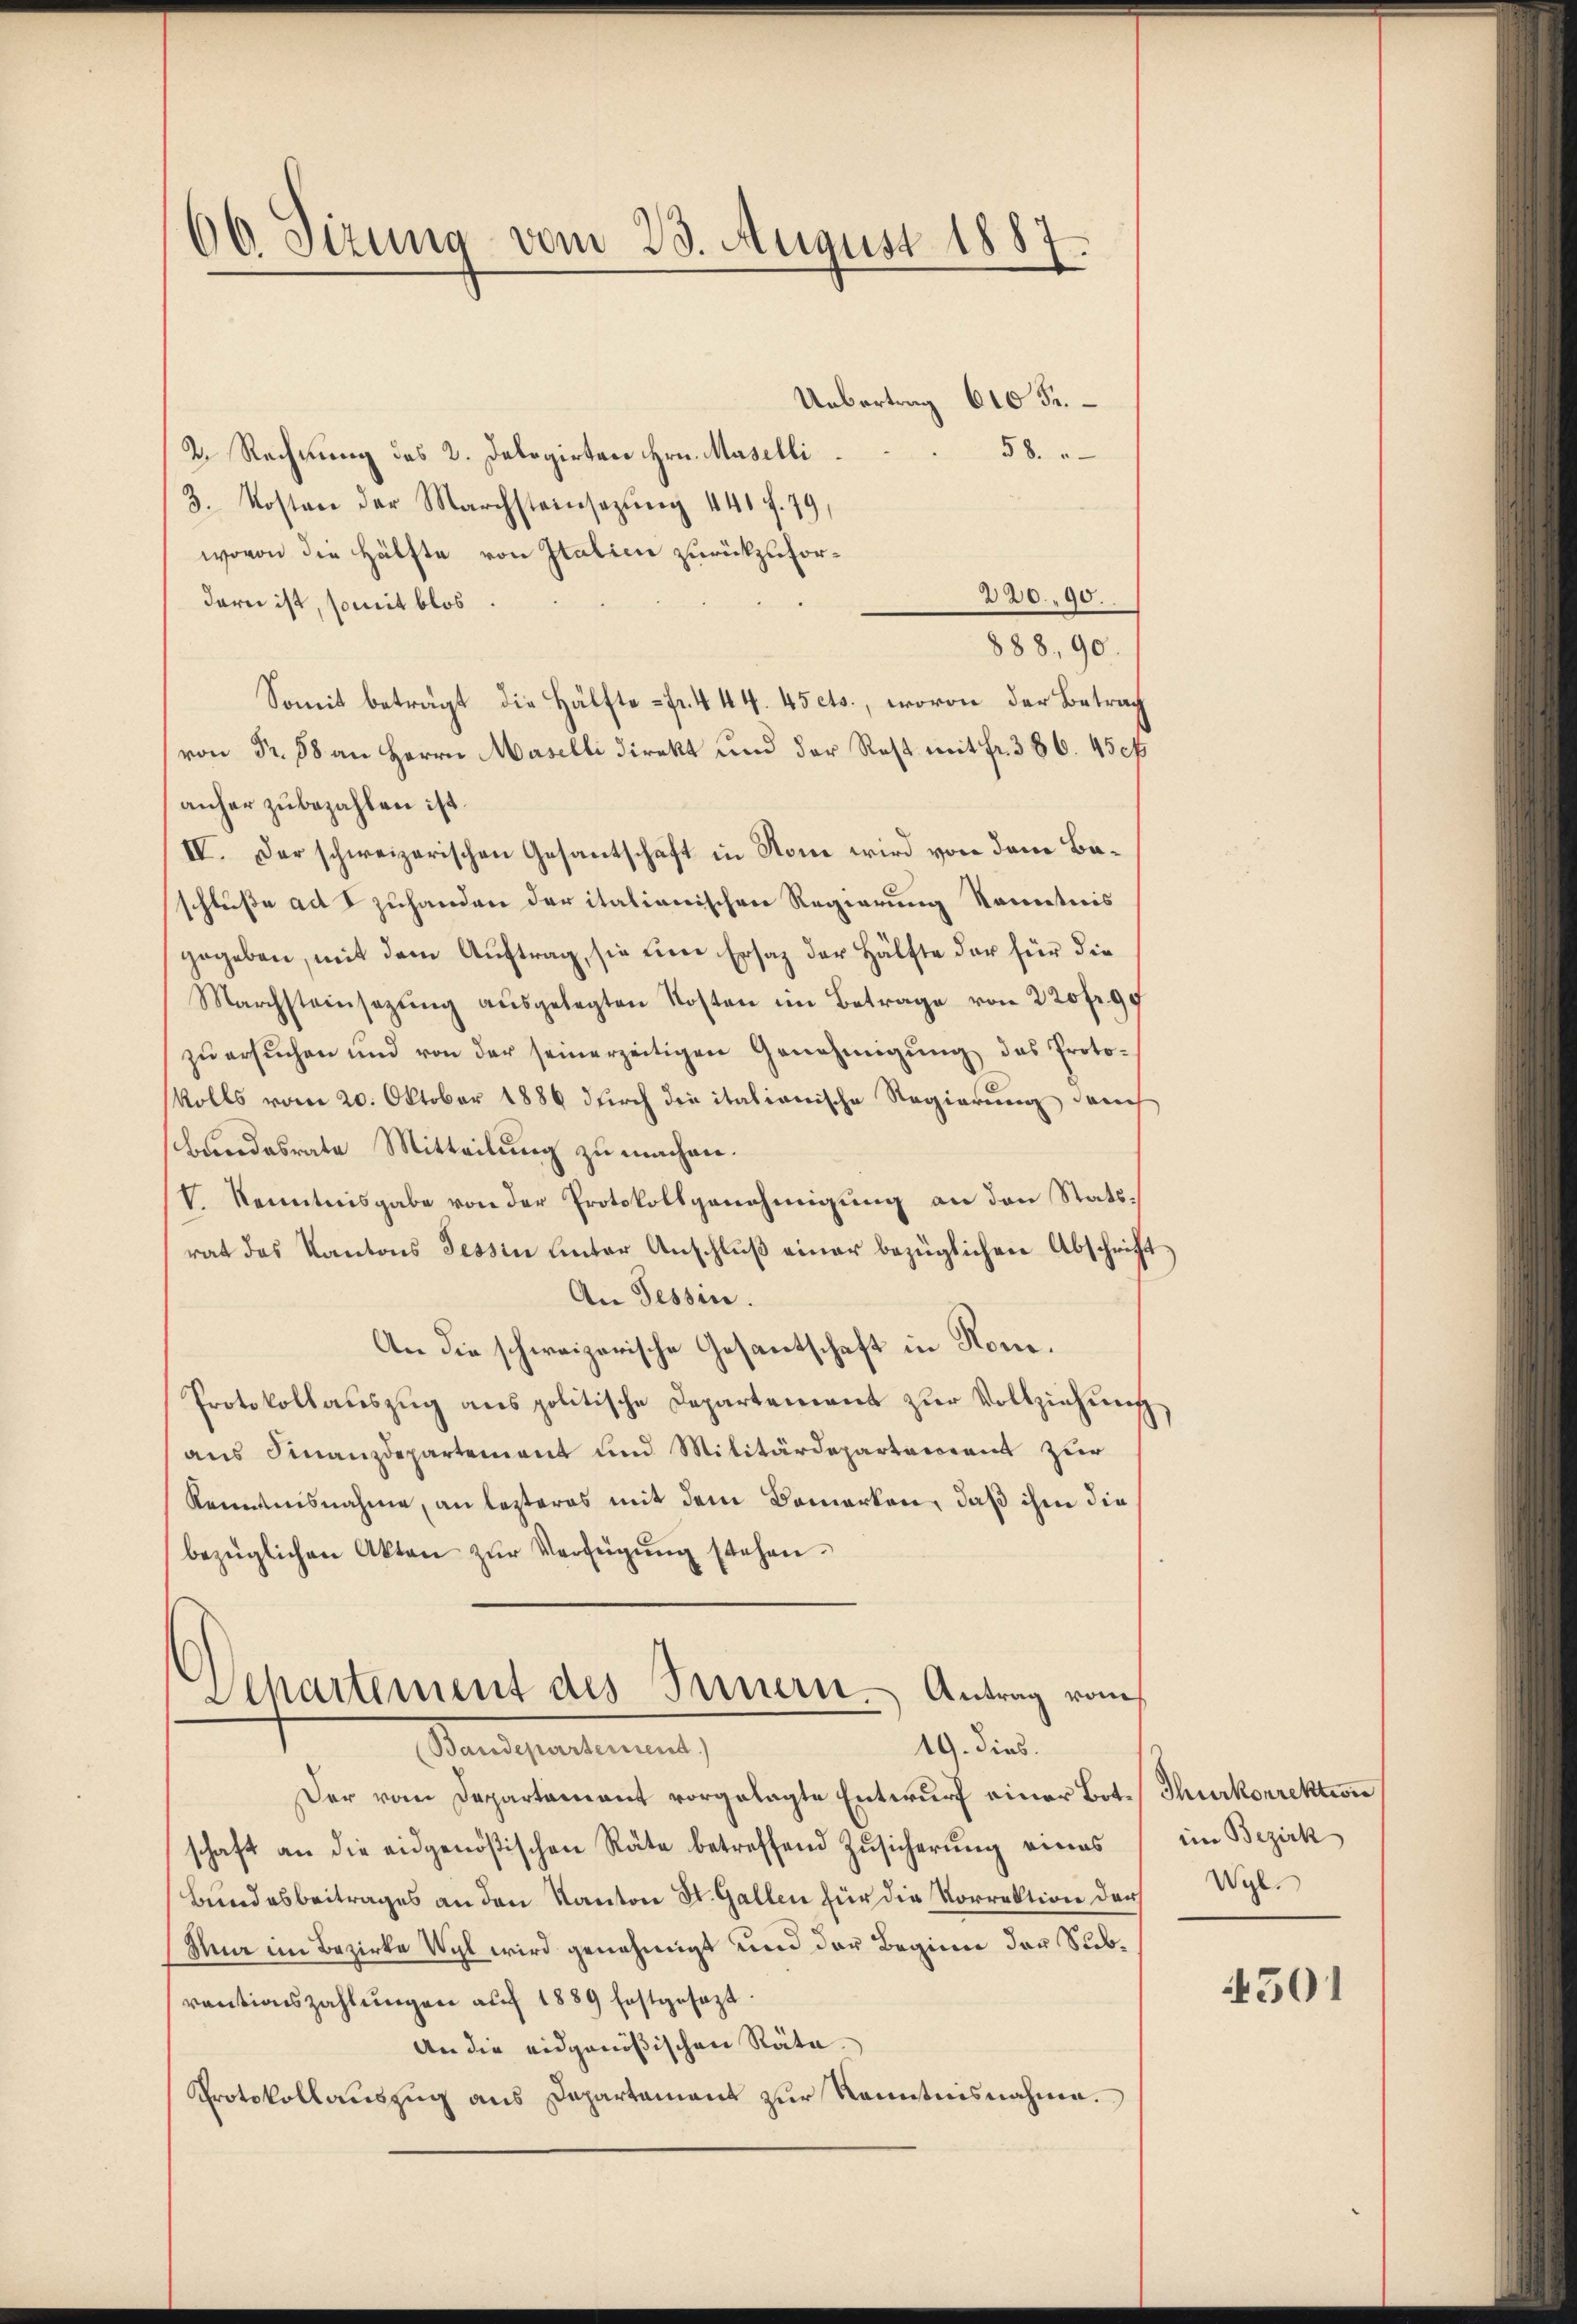
66. Sizung vom 23. August 1883
u

Uebertrag 610 5
58.
2. Rechnung des 2. Delegirten Hrn. Maselli
3. Kosten der Marchsteinsazung 441 f. 79,
wovon die Hälfte von Italien zurückzufor¬
220. 90.
darn ist, somit blos
888. 90.
Somit beträgt die Hälfte - Fr. 444. 45 cts., wovon der Betrag
von Fr. 58 an Herrn Maselli direkt und der Rest mit Fr. 386. 450f
anher zu bezahlen ist.
IV. Der schweizerischen Gesantschaft in Nom wird von dem Baschluße ad I zuhanden der italionischen Regierung konntnis
gegeben, mit dem Auftrag, sie eine Ersatz der Hälfte der für die
Marchsteinsazŭng aŭsgelegten Kosten im Betrage von 220 fr. 94
zŭ ersŭchen und von der seinerzeitigen Genehmigŭng das Proto-
kolls vom 20. Oktober 1886 durch die italionische Regierung darch
Bundesrate Mitteilung zu machen.
V. Kenntnisgabe von der Protokoll genehmigung an den Stattrat des Kantons Tessin unter Anschluß einer bezüglichen Abschrift,
An Tessin.
An die schweizerische Gesantschaft in Hom¬
Protokollauszug aus politische Departement zur Vollziehung
ans Finanzdepartement und Militärdepartement zur
Kenntnisnahme, an lezteres mit dem Bemerken, daß ihm die
bezüglichen Akten zŭr Verfügŭng stehen.
Departement des Innern Antrag vom
19. dies.
Manesentirung
Der vom Departamant vorgelegte Entwurf einer Bot. Thurkorrektion
schaft an die eidgenößischen Räte betreffend Zusicherung eines im Bezirk
Bundesbeitrages an den Kanton St. Gallen für die Vorrektion den
Nun im Bezirke Wyl wird genehmigt und der Beginn der Subvautionszahlŭngen auf 1889 festgesezt.
An die eidgenößischen Räte.
Protokollauszug aus Dapartament zur Kenntnisnahme.

Wyl.

301